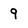
Character: 9